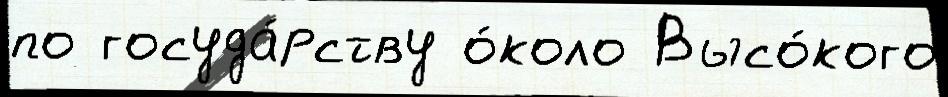
по госуда́рству о́коло Высо́кого